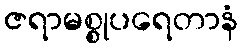
ဇရာမစ္စုပရေတာနံ